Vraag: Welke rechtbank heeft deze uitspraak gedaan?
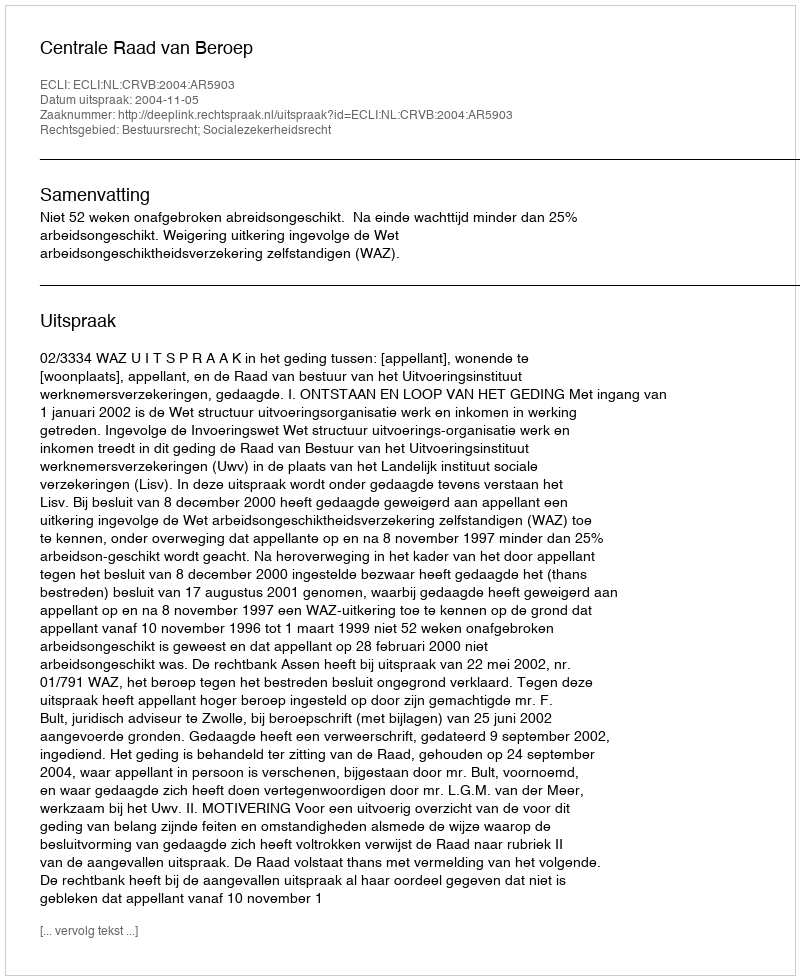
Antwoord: Centrale Raad van Beroep